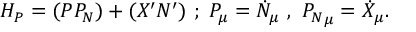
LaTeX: { \cal H _ { P } } = ( P P _ { N } ) + ( X ^ { \prime } N ^ { \prime } ) ~ ; ~ P _ { \mu } = \dot { N } _ { \mu } ~ , ~ { P _ { N } } _ { \mu } = \dot { X } _ { \mu } .